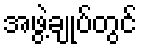
အဖွဲ့ချုပ်တွင်